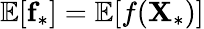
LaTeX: \mathbb{E}[\textbf{f}_{*}]=\mathbb{E}[f(\textbf{X}_{*})]